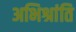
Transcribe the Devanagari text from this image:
अभिश्रांति